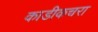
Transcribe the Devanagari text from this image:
काडीकचरा